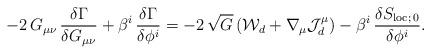
LaTeX: \begin{align*}-2\,G_{\mu\nu}\,{\delta\Gamma\over\delta G_{\mu\nu}} +\beta^i\,{\delta\Gamma\over\delta\phi^i} =-2\,\sqrt{G}\,({\cal W}_d+\nabla_{\mu}{\cal J}^{\mu}_d) -\beta^i\,{\delta S_{{\rm loc};\,0}\over \delta\phi^i}.\end{align*}